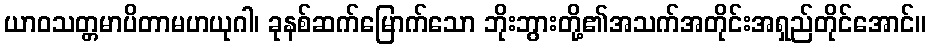
ယာဝသတ္တမာပိတာမဟယုဂါ၊ ခုနစ်ဆက်မြောက်သော ဘိုးဘွားတို့၏အသက်အတိုင်းအရှည်တိုင်အောင်။